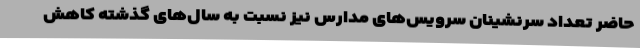
حاضر تعداد سرنشینان سرویس‌های مدارس نیز نسبت به سال‌های گذشته کاهش